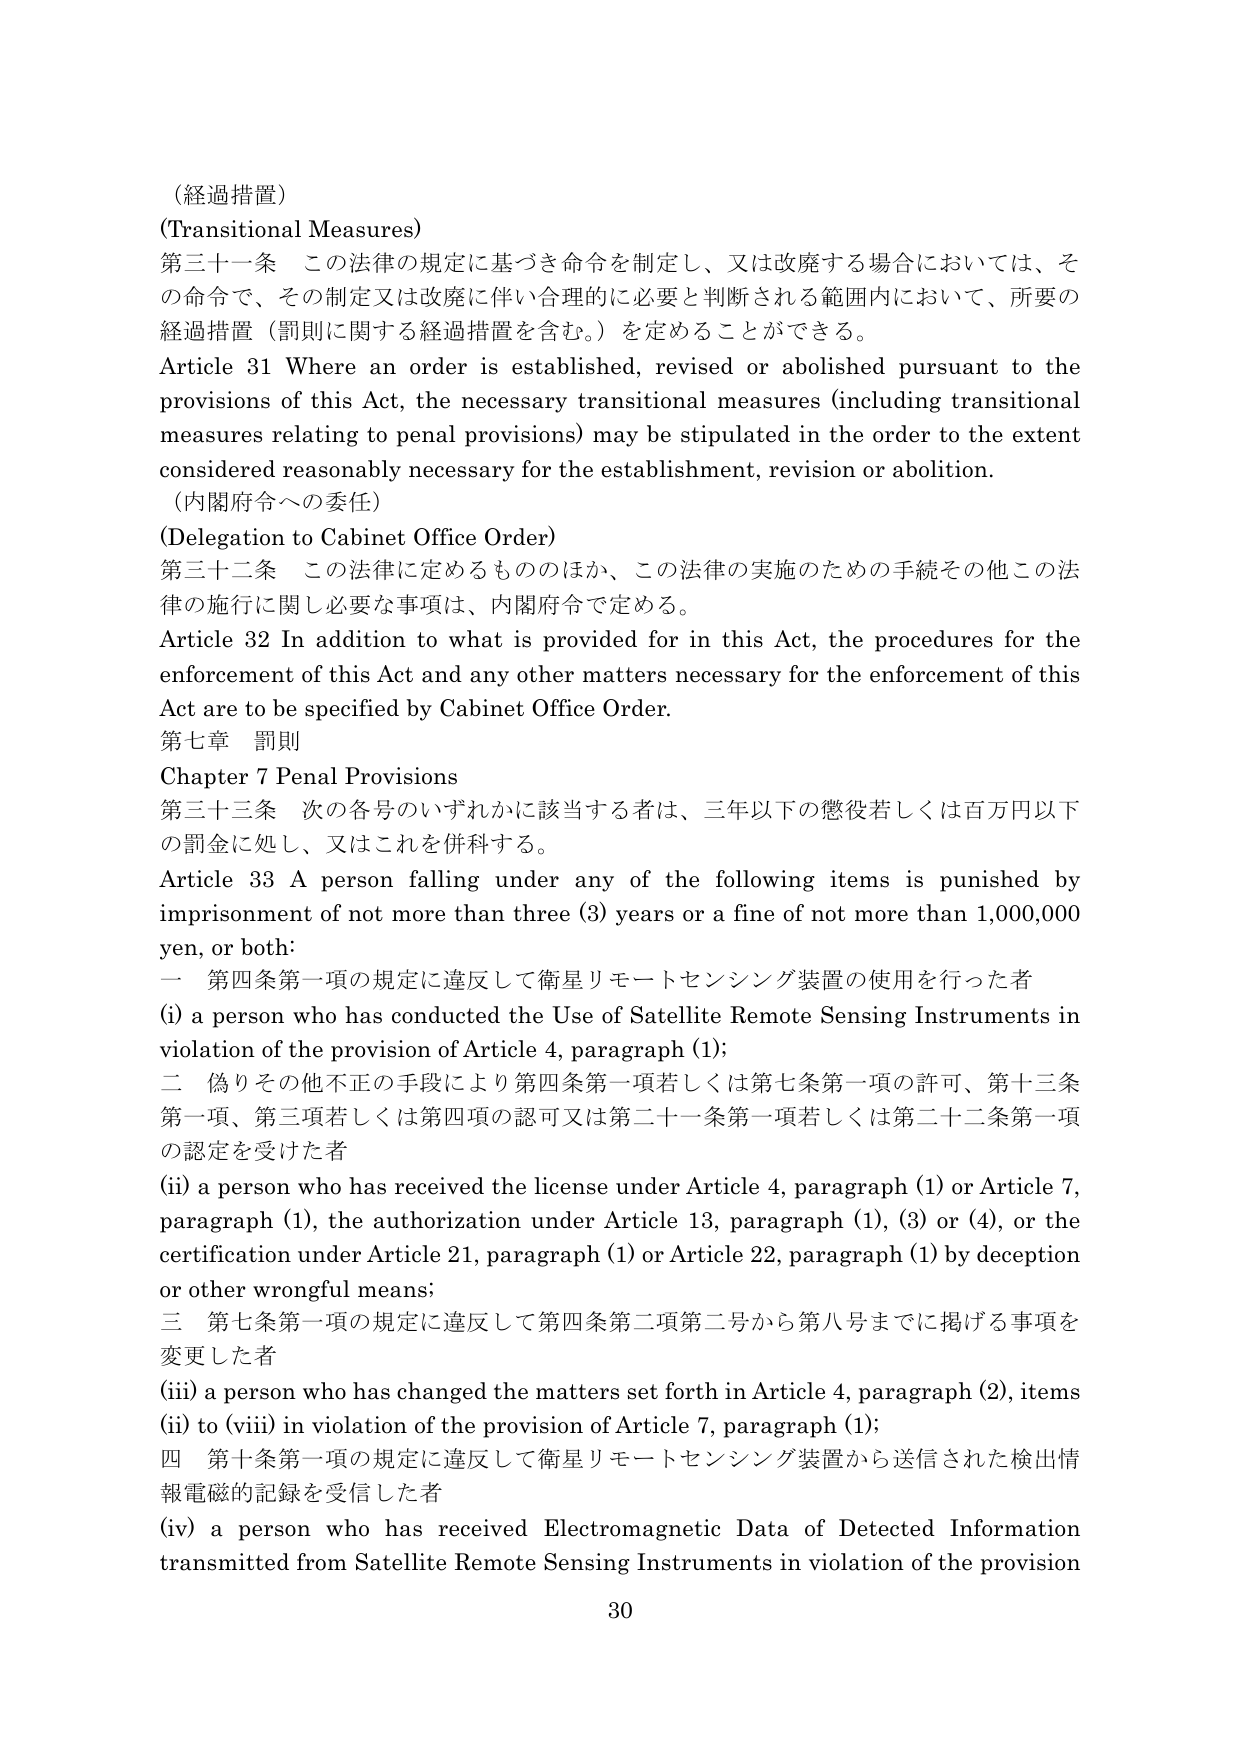
（経過措置）
(Transitional Measures)
第三十一条 この法律の規定に基づき命令を制定し、又は改廃する場合においては、その命令で、その制定又は改廃に伴い合理的に必要と判断される範囲内において、所要の経過措置（罰則に関する経過措置を含む。）を定めることができる。
Article 31 Where an order is established, revised or abolished pursuant to the provisions of this Act, the necessary transitional measures (including transitional measures relating to penal provisions) may be stipulated in the order to the extent considered reasonably necessary for the establishment, revision or abolition.
（内閣府令への委任）
(Delegation to Cabinet Office Order)
第三十二条 この法律に定めるもののほか、この法律の実施のための手続その他この法律の施行に関し必要な事項は、内閣府令で定める。
Article 32 In addition to what is provided for in this Act, the procedures for the enforcement of this Act and any other matters necessary for the enforcement of this Act are to be specified by Cabinet Office Order.
第七章 罰則
Chapter 7 Penal Provisions
第三十三条 次の各号のいずれかに該当する者は、三年以下の懲役若しくは百万円以下の罰金に処し、又はこれを併科する。
Article 33 A person falling under any of the following items is punished by imprisonment of not more than three (3) years or a fine of not more than 1,000,000 yen, or both:
一 第四条第一項の規定に違反して衛星リモートセンシング装置の使用を行った者
(i) a person who has conducted the Use of Satellite Remote Sensing Instruments in violation of the provision of Article 4, paragraph (1);
二 偽りその他不正の手段により第四条第一項若しくは第七条第一項の許可、第十三条第一項、第三項若しくは第四項の認可又は第二十一条第一項若しくは第二十二条第一項の認定を受けた者
(ii) a person who has received the license under Article 4, paragraph (1) or Article 7, paragraph (1), the authorization under Article 13, paragraph (1), (3) or (4), or the certification under Article 21, paragraph (1) or Article 22, paragraph (1) by deception or other wrongful means;
三 第七条第一項の規定に違反して第四条第二項第二号から第八号までに掲げる事項を変更した者
(iii) a person who has changed the matters set forth in Article 4, paragraph (2), items (ii) to (viii) in violation of the provision of Article 7, paragraph (1);
四 第十条第一項の規定に違反して衛星リモートセンシング装置から送信された検出情報電磁的記録を受信した者
(iv) a person who has received Electromagnetic Data of Detected Information transmitted from Satellite Remote Sensing Instruments in violation of the provision
30